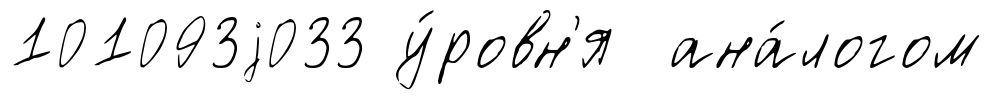
101093j033 у́ровн'я ана́логом